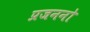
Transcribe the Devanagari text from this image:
प्रजननो